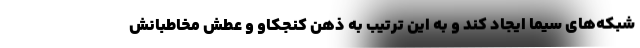
شبکه‌های سیما ایجاد کند و به این ترتیب به ذهن کنجکاو و عطش مخاطبانش